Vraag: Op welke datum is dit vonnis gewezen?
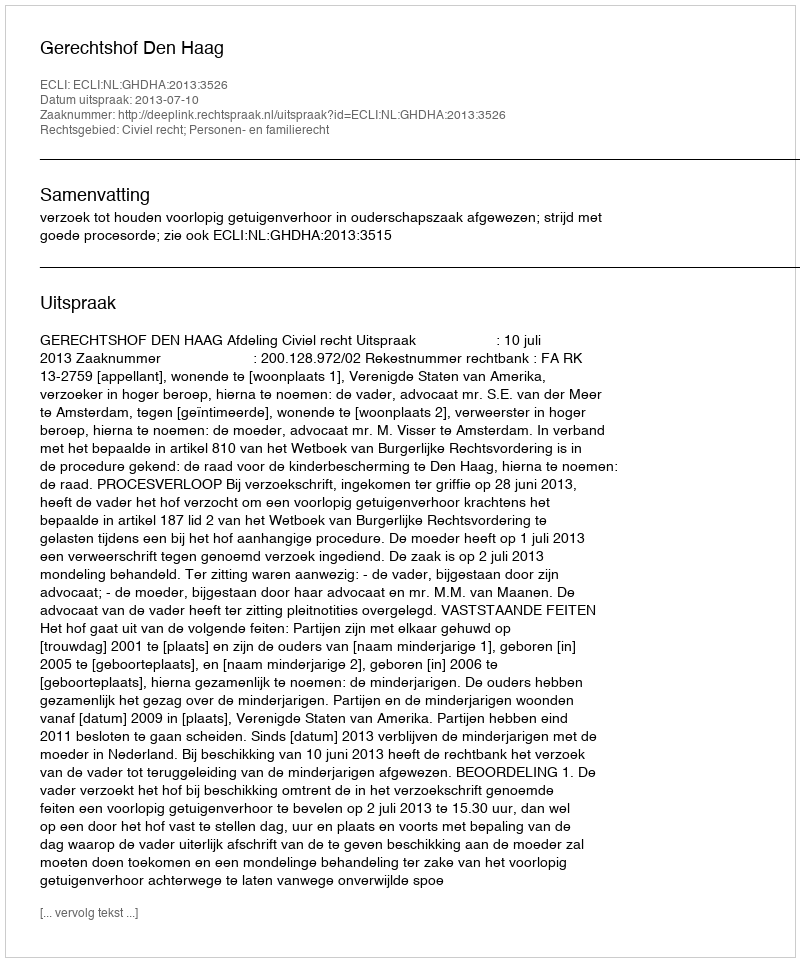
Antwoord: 2013-07-10